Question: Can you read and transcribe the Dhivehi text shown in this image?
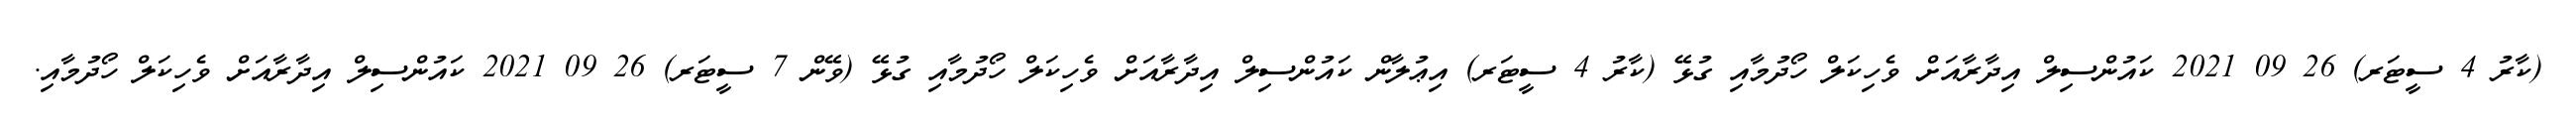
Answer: (ކާރު 4 ސީޓަރ) 26 09 2021 ކައުންސިލް އިދާރާއަށް ވެހިކަލް ހޯދުމާއި ގުޅޭ (ކާރު 4 ސީޓަރ) އިޢުލާން ކައުންސިލް އިދާރާއަށް ވެހިކަލް ހޯދުމާއި ގުޅޭ (ވޭން 7 ސީޓަރ) 26 09 2021 ކައުންސިލް އިދާރާއަށް ވެހިކަލް ހޯދުމާއި.